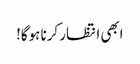
ابھی انتظار کرنا ہوگا!